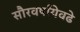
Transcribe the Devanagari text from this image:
सौरवर्षांयेवढे